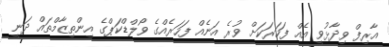
އާރިފް ވިދާޅުވީ އެއް ފަހަރަކަށް ވުރެ އަނެއް ފަހަރެއްގެ ވޯލްޑްކަޕްގެ އިންތިޒާމްތައް ދަނީ